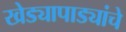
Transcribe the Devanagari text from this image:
खेड्यापाड्यांचे